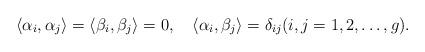
LaTeX: \begin{align*}\langle \alpha_{i}, \alpha_{j}\rangle =\langle \beta_{i}, \beta_{j}\rangle=0, \quad\langle \alpha_{i}, \beta_{j}\rangle =\delta_{ij} (i,j=1, 2, \ldots, g).\end{align*}